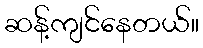
ဆန့်ကျင်နေတယ်။